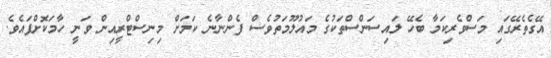
އޭގެތެރޭގައި މަސްވެރިކަމާ ބެހޭ ލައިސަންސްތަކުގެ މައުލޫމަތުވެސް ފެންނާނެ ކަމަށް މިނިސްޓްރީއިން ވަނީ ހާމަކޮށްފައެވެ.